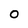
Character: O